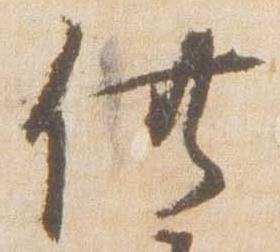
供